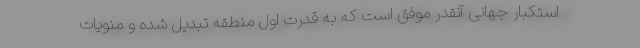
استکبار جهانی آنقدر موفق است که به قدرت اول منطقه تبدیل شده و منویات